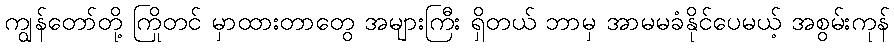
ကျွန်တော်တို့ ကြိုတင် မှာထားတာတွေ အများကြီး ရှိတယ် ဘာမှ အာမမခံနိုင်ပေမယ့် အစွမ်းကုန်